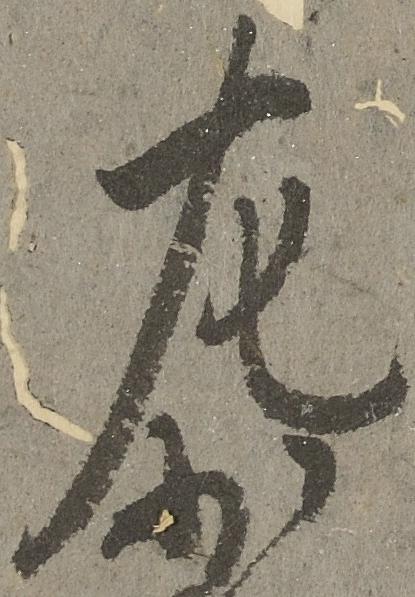
左